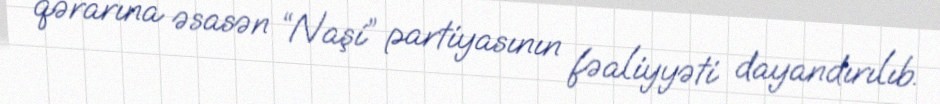
qərarına əsasən “Naşi” partiyasının fəaliyyəti dayandırılıb.